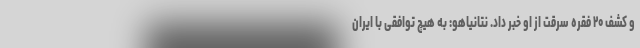
و کشف ۲۰ فقره سرقت از او خبر داد. نتانیاهو: به هیچ توافقی با ایران